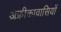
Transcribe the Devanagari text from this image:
अफ्रीकावासियों